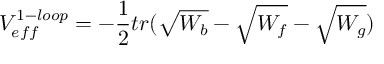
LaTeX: V _ { e f f } ^ { 1 - l o o p } = - \frac { 1 } { 2 } t r ( \sqrt { W _ { b } } - \sqrt { W _ { f } } - \sqrt { W _ { g } } )